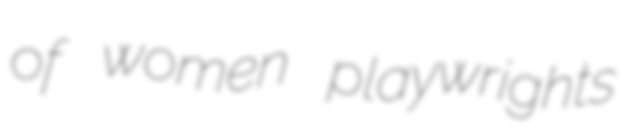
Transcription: of women playwrights